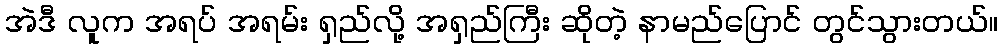
အဲဒီ လူက အရပ် အရမ်း ရှည်လို့ အရှည်ကြီး ဆိုတဲ့ နာမည်ပြောင် တွင်သွားတယ်။